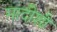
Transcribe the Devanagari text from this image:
मादीशी